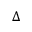
\Delta